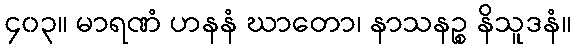
၄၀၃။ မာရဏံ ဟနနံ ဃာတော၊ နာသနဉ္စ နိသူဒနံ။